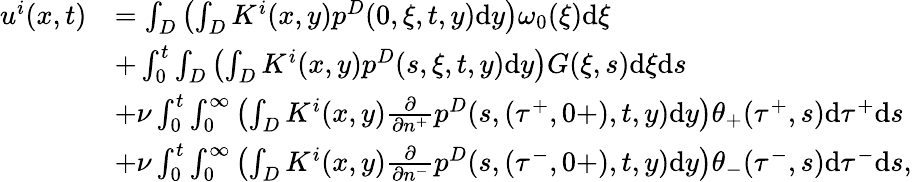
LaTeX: \begin{array}{rl}{u^{i}(x,t)}&{=\int_{D}\left(\int_{D}K^{i}(x,y)p^{D}(0,\xi,t,y)\textrm{d}y\right)\omega_{0}(\xi)\textrm{d}\xi}\\ &{+\int_{0}^{t}\int_{D}\left(\int_{D}K^{i}(x,y)p^{D}(s,\xi,t,y)\textrm{d}y\right)G(\xi,s)\textrm{d}\xi\textrm{d}s}\\ &{+\nu\int_{0}^{t}\int_{0}^{\infty}\left(\int_{D}K^{i}(x,y)\frac{\partial}{\partial n^{+}}p^{D}(s,(\tau^{+},0+),t,y)\textrm{d}y\right)\theta_{+}(\tau^{+},s)\textrm{d}\tau^{+}\textrm{d}s}\\ &{+\nu\int_{0}^{t}\int_{0}^{\infty}\left(\int_{D}K^{i}(x,y)\frac{\partial}{\partial n^{-}}p^{D}(s,(\tau^{-},0+),t,y)\textrm{d}y\right)\theta_{-}(\tau^{-},s)\textrm{d}\tau^{-}\textrm{d}s,}\end{array}